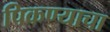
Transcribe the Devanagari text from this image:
पिकण्याचा